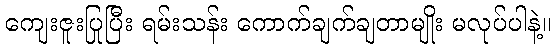
ကျေးဇူးပြုပြီး ရမ်းသန်း ကောက်ချက်ချတာမျိုး မလုပ်ပါနဲ့။